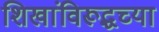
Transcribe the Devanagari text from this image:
शिखांविरूद्धच्या